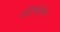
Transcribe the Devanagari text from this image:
उद्देश्यानुसार